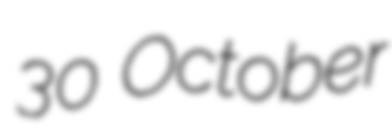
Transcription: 30 October